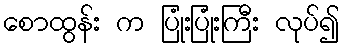
စောထွန်း က ပြုံးပြုံးကြီး လုပ်၍